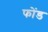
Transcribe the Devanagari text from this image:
फोंड